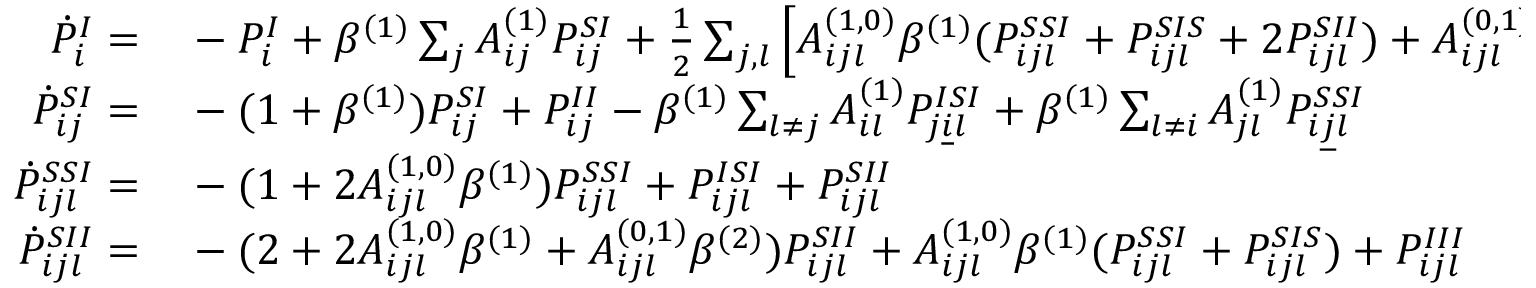
\begin{array} { r l } { \dot { P } _ { i } ^ { I } = } & { { } - P _ { i } ^ { I } + \beta ^ { ( 1 ) } \sum _ { j } A _ { i j } ^ { ( 1 ) } P _ { i j } ^ { S I } + \frac 1 2 \sum _ { j , l } \left[ A _ { i j l } ^ { ( 1 , 0 ) } \beta ^ { ( 1 ) } ( P _ { i j l } ^ { S S I } + P _ { i j l } ^ { S I S } + 2 P _ { i j l } ^ { S I I } ) + A _ { i j l } ^ { ( 0 , 1 ) } \beta ^ { ( 2 ) } P _ { i j l } ^ { S I I } \right] } \\ { \dot { P } _ { i j } ^ { S I } = } & { { } - ( 1 + \beta ^ { ( 1 ) } ) P _ { i j } ^ { S I } + P _ { i j } ^ { I I } - \beta ^ { ( 1 ) } \sum _ { l \neq j } A _ { i l } ^ { ( 1 ) } P _ { j \underline { { i } } l } ^ { I S I } + \beta ^ { ( 1 ) } \sum _ { l \neq i } A _ { j l } ^ { ( 1 ) } P _ { i \underline { { j } } l } ^ { S S I } } \\ { \dot { P } _ { i j l } ^ { S S I } = } & { { } - ( 1 + 2 A _ { i j l } ^ { ( 1 , 0 ) } \beta ^ { ( 1 ) } ) P _ { i j l } ^ { S S I } + P _ { i j l } ^ { I S I } + P _ { i j l } ^ { S I I } } \\ { \dot { P } _ { i j l } ^ { S I I } = } & { { } - ( 2 + 2 A _ { i j l } ^ { ( 1 , 0 ) } \beta ^ { ( 1 ) } + A _ { i j l } ^ { ( 0 , 1 ) } \beta ^ { ( 2 ) } ) P _ { i j l } ^ { S I I } + A _ { i j l } ^ { ( 1 , 0 ) } \beta ^ { ( 1 ) } ( P _ { i j l } ^ { S S I } + P _ { i j l } ^ { S I S } ) + P _ { i j l } ^ { I I I } } \end{array}